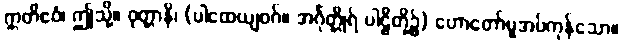
ဣတိဧဝံ၊ ဤသို့။ ဝုတ္တာနိ၊ (ပါထေယျဝဂ်။ အင်္ဂုတ္တိုရ် ပါဠိတို့၌) ဟောတော်မူအပ်ကုန်သော။